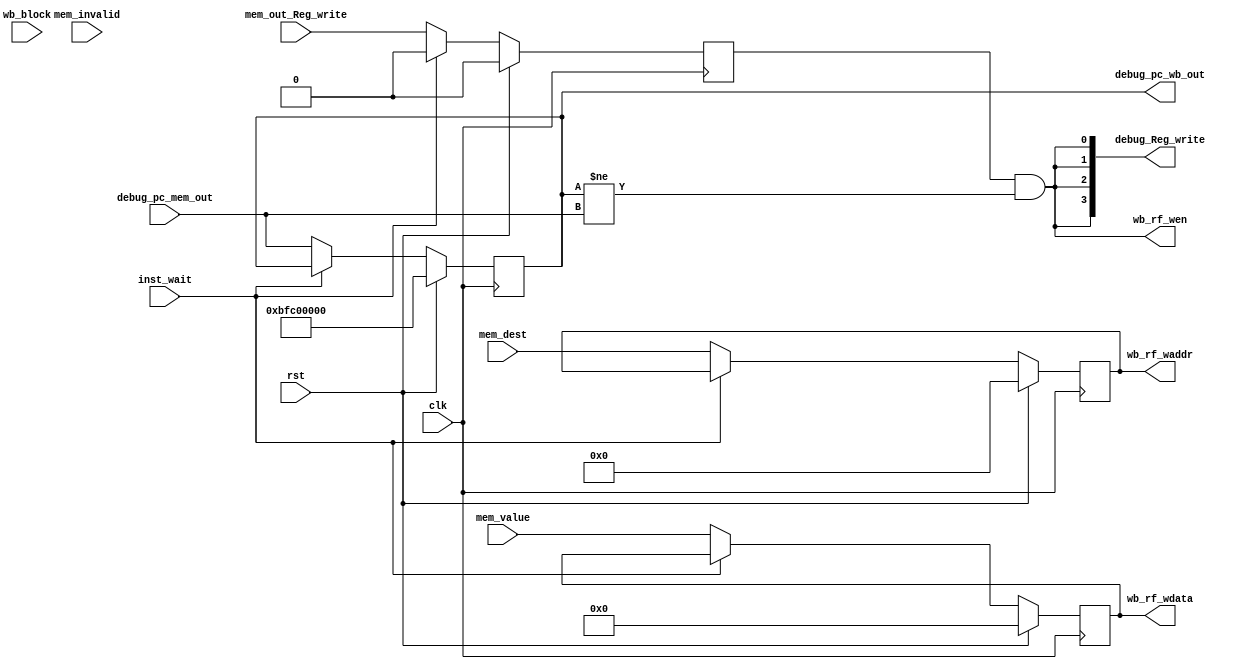
module writeback_stage(
    input wire      clk,
    input wire      rst,
    input wire      inst_wait,
    input wire      wb_block,
    input wire      mem_invalid,
    input wire       mem_out_Reg_write,
    //input wire mem_out_MUL,
    input wire [31:0] debug_pc_mem_out,
    //input wire [1:0]  mem_RW_HL,
    //input wire        mem_HL_en,

    input wire [4:0] mem_dest,
    input wire [31:0] mem_value,

    output wire wb_rf_wen,
    output wire [4:0] wb_rf_waddr,
    output wire [31:0] wb_rf_wdata,

    output reg [31:0] debug_pc_wb_out,
    //output reg wb_MUL,
    //output reg [1:0]  wb_RW_HL,
    //output reg wb_HL_en,
    output wire [3:0] debug_Reg_write
);


reg       wb_Reg_write;


reg [4:0] wb_dest;
reg [31:0] wb_value;
reg write_enable;
always@(posedge clk)
begin

wb_Reg_write <= (rst )? 1'b0 :(inst_wait)? 1'b0 : mem_out_Reg_write;
wb_dest <= (rst)? 5'b0 : (inst_wait)? wb_dest : mem_dest;
wb_value <= (rst)? 32'b0 : (inst_wait)? wb_value : mem_value;

debug_pc_wb_out <= (rst)? 32'hbfc00000: (inst_wait)? debug_pc_wb_out : debug_pc_mem_out;
//wb_RW_HL <= (rst||mem_invalid)? 2'b0:(inst_wait)? wb_RW_HL : mem_RW_HL;
//wb_HL_en <= (rst||mem_invalid)? 1'b0: (inst_wait)? wb_HL_en : mem_HL_en;
//write_enable <= (rst)? 1'b0: (write_enable & )  

end   

assign wb_rf_wen=wb_Reg_write &&(debug_pc_wb_out != debug_pc_mem_out);
assign wb_rf_waddr=wb_dest;
assign wb_rf_wdata=wb_value;
assign debug_Reg_write = {4{wb_rf_wen}};
endmodule